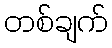
တစ်ချက်